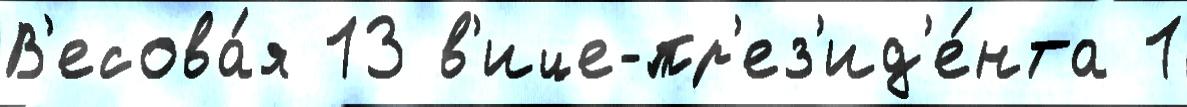
В'есова́я 13 в'ице-пр'ез'ид'е́нта 1